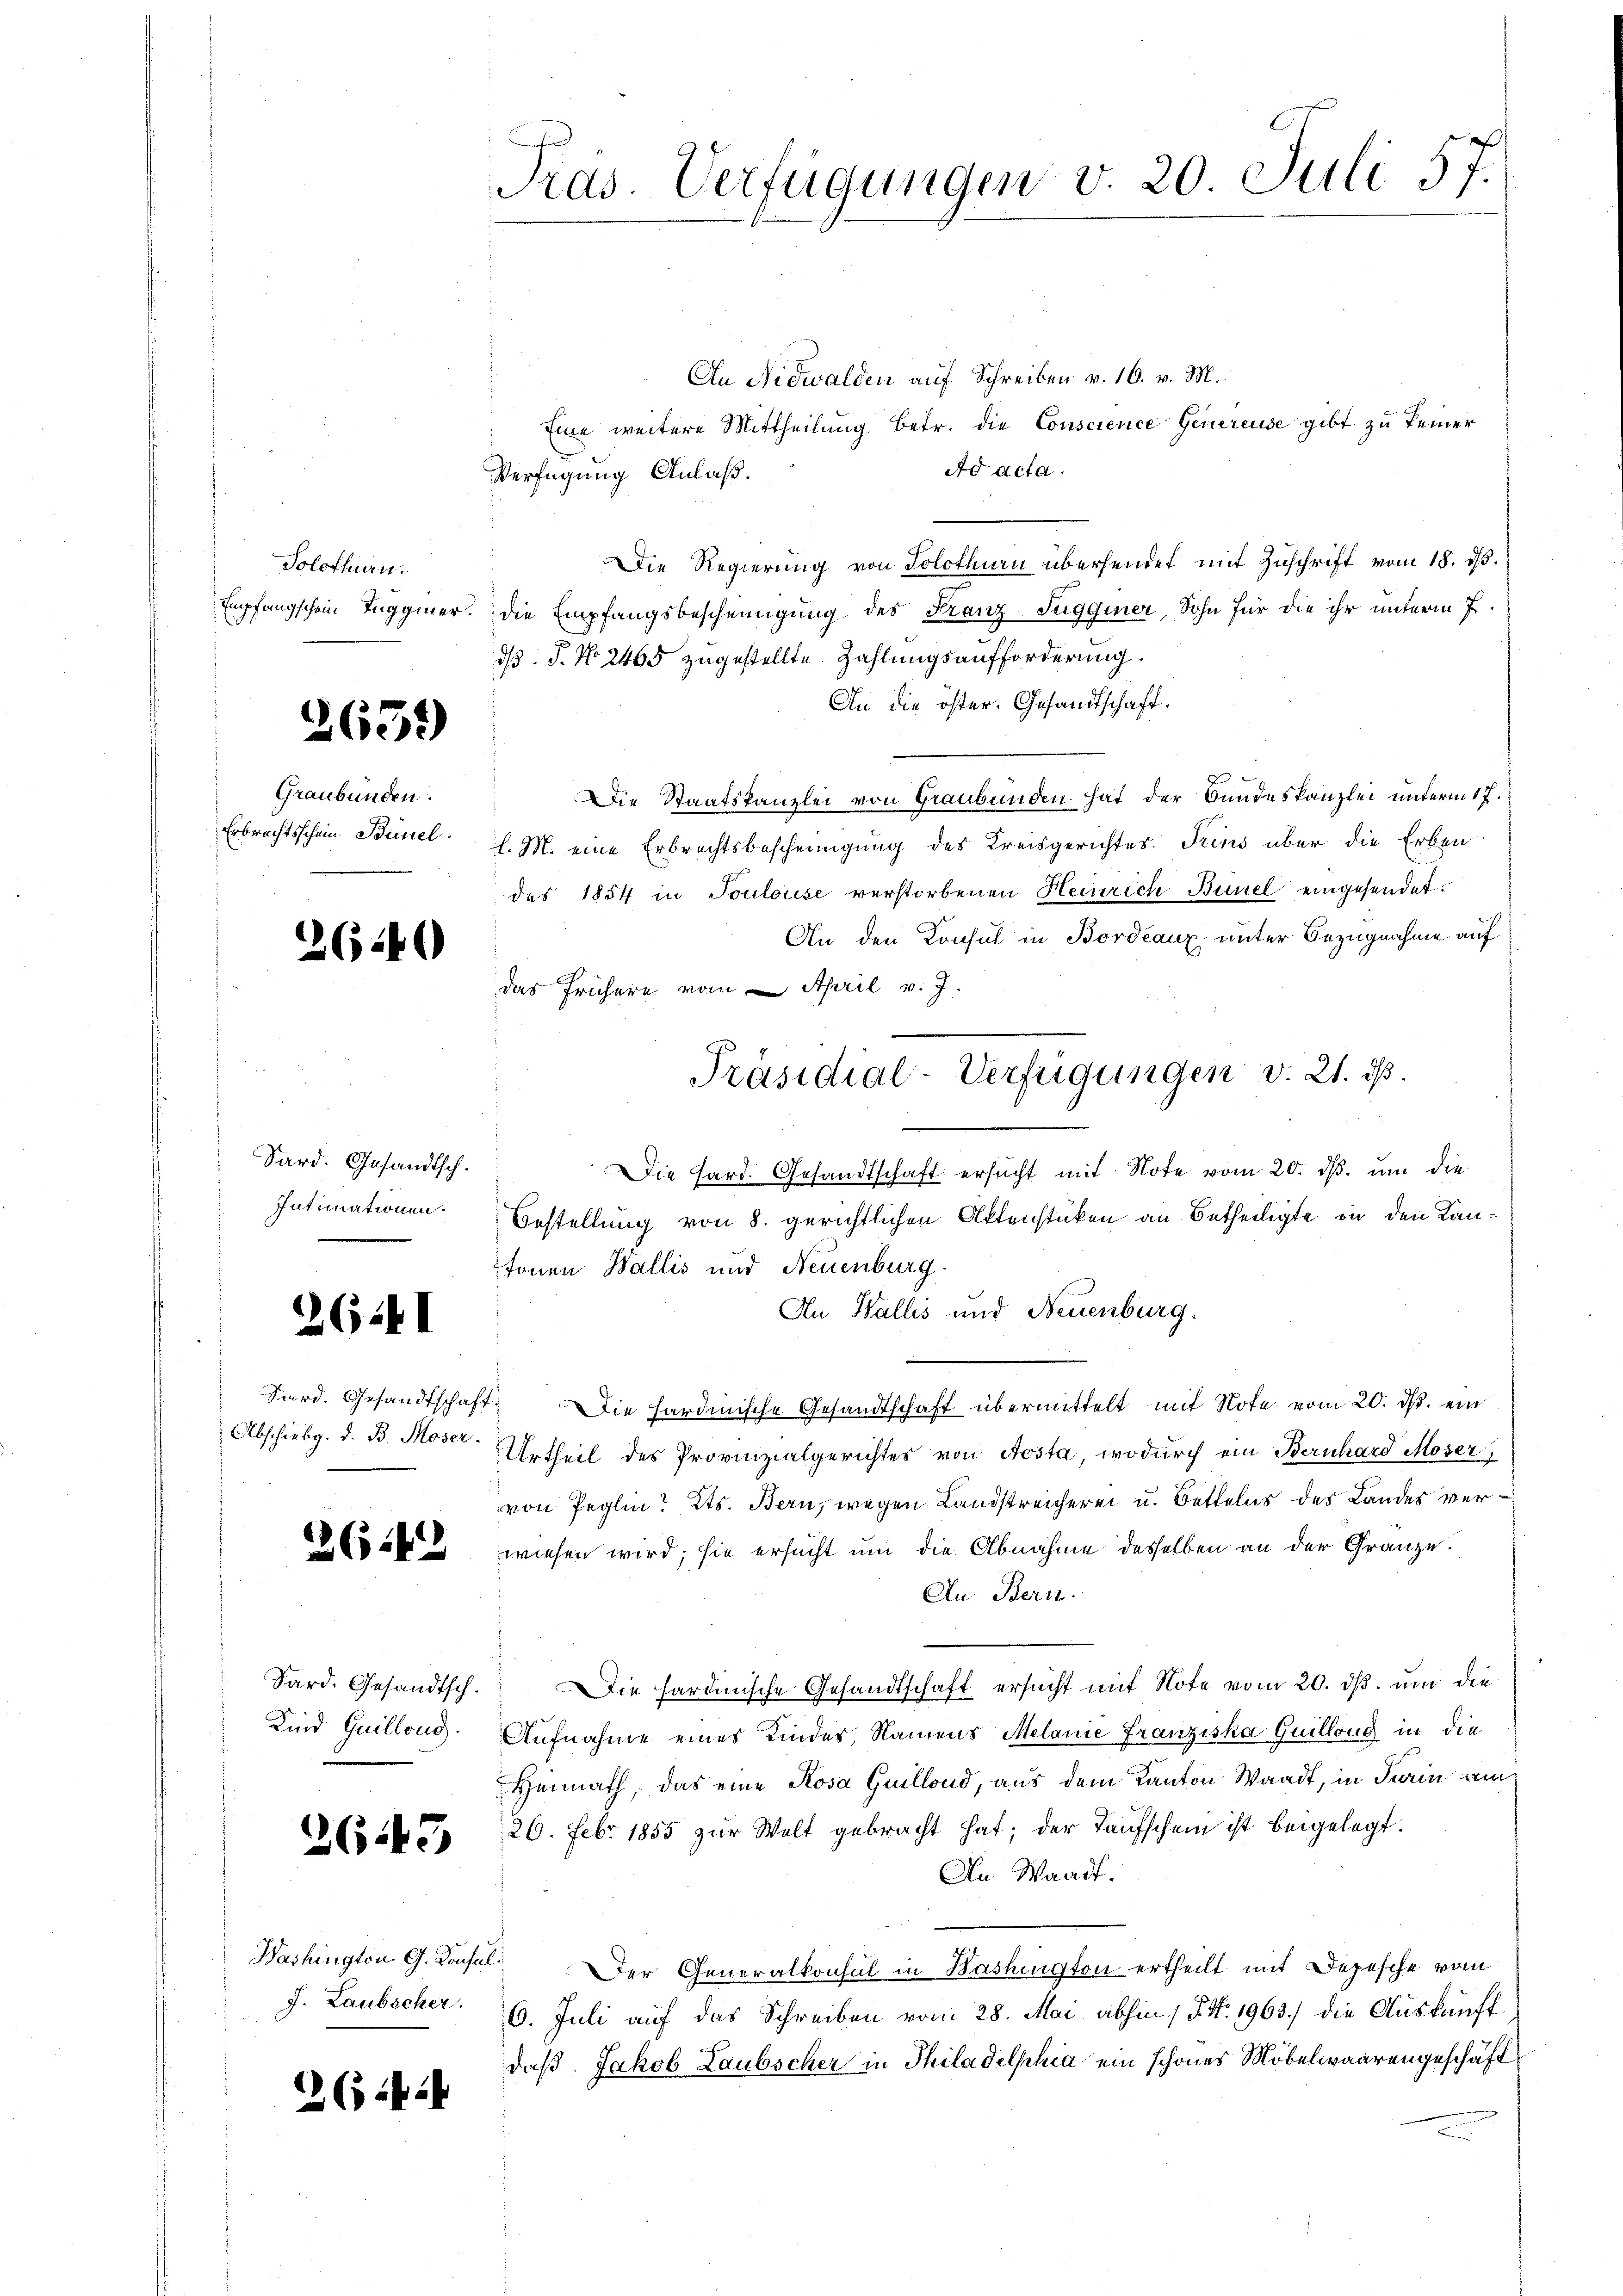
Solothurn.

265)

Graubünden.
Erbrechtsschein Bünel

2640

Sard. Gesandtsch.
Intimationen.

26441

Abschiebg. d. B. Moser.

26.42

Sard. Gesandtsch.
Kind Guillons.

2649

Washington G. Konsul
J. Laubscher.

(it ih

Pras. Verfügungen v. 20. Juli 57.

An Nidwalden auf Schreiben v. 16. v. M.
Eine weitere Mittheilung betr. die Conscience Genereuse gibt zu keiner
Ad acta.
Verfügung Anlaß.
Die Regierung von Solothurn übersendet mit Zuschrift vom 18. ds.
Empfangschein Tugger. Die Empfangsbescheinigung des Franz-Sugginer, Sohn für die ihr unterm 7.
d. P. Nr. 2465 zugestellte Zahlungsaufforderung.
An die öster. Gesandtschaft.
e
Die Staatskanzlei von Graubünden hat der Bundeskanzlei unterm 17.
l. M. eine Erbrechtsbescheinigung des Kreisgerichtes. Trins über die Erben
des 1854 in Toulouse verstorbenen Heinrich Bunel eingesendet.
An den Konsul in Bordeaux unter Bezugnahme auf
das frühere vom April v. J.
Die Hard. Gesandtschaft ersucht mit Note vom 20. ds. um die
Bestellung von 8. gerichtlichen Aktenstücken an Betheiligte in den Kantonen Wallis und Neuenburg.
An Wallis und Neuenburg.
Surd. Gesandtschaft. Die hardinische Gesandtschaft übermittelt mit Note vom 20. ds. ein
Urtheil des Provinzialgerichtes von Aosta, wodurch ein Bernhard Moser,
von Peglin? Kts. Bern, wegen Landstreicherei u. Bettelns des Landes verwiesen wird; sie ersucht um die Abnahme desselben an der Gränze.
An Beri
Die hardinische Gesandtschaft ersucht mit Note vom 20. ds. und die
Aufnahme eines Kinder, Namens Melanie Franziska Guilloug in die
Heimath, das eine Rosa Quillond, aus dem Kanton Waadt, in darin am
26. Febr. 1855 zur Welt gebracht hat; der Taufschein ist beigelegt.
An Waadt.
Der Generalkonsul in Washington ertheilt mit Depesche vom
6. Juli auf das Schreiben vom 28. Mai abhin / No. 1963.) die Auskunft
daß. Jakob Laubscher in Philadelphia ein schönes Möbelwaarengeschäft

Präsidial-Verfügungen v. 21. ds.